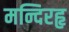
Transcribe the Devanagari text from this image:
मन्दिरहृ